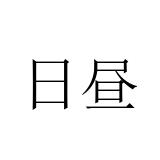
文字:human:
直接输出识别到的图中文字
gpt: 日昼